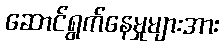
ဆောင်ရွက်နေမှုများအား